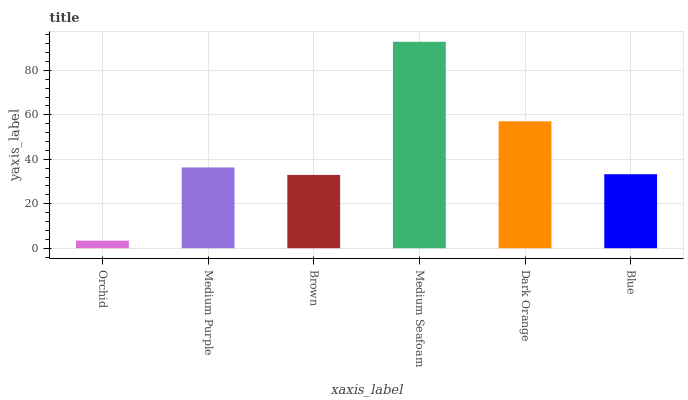
| xaxis_label | bars |
 | --- | --- |
 | Orchid | 3.41 |
 | Medium Purple | 36.3 |
 | Brown | 33 |
 | Medium Seafoam | 92.8 |
 | Dark Orange | 57.1 |
 | Blue | 33.3 |